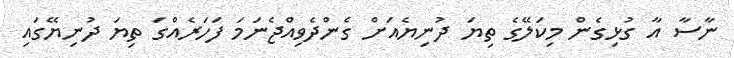
ނާސާ އާ ގުޅިގެން މިކަލޭގެ ތިޔަ ދުނިޔެއަށް ގެންދެވިއްޖެނަމަ ފަހަރެއްގަ ތިޔަ ދުނިޔޭގައި